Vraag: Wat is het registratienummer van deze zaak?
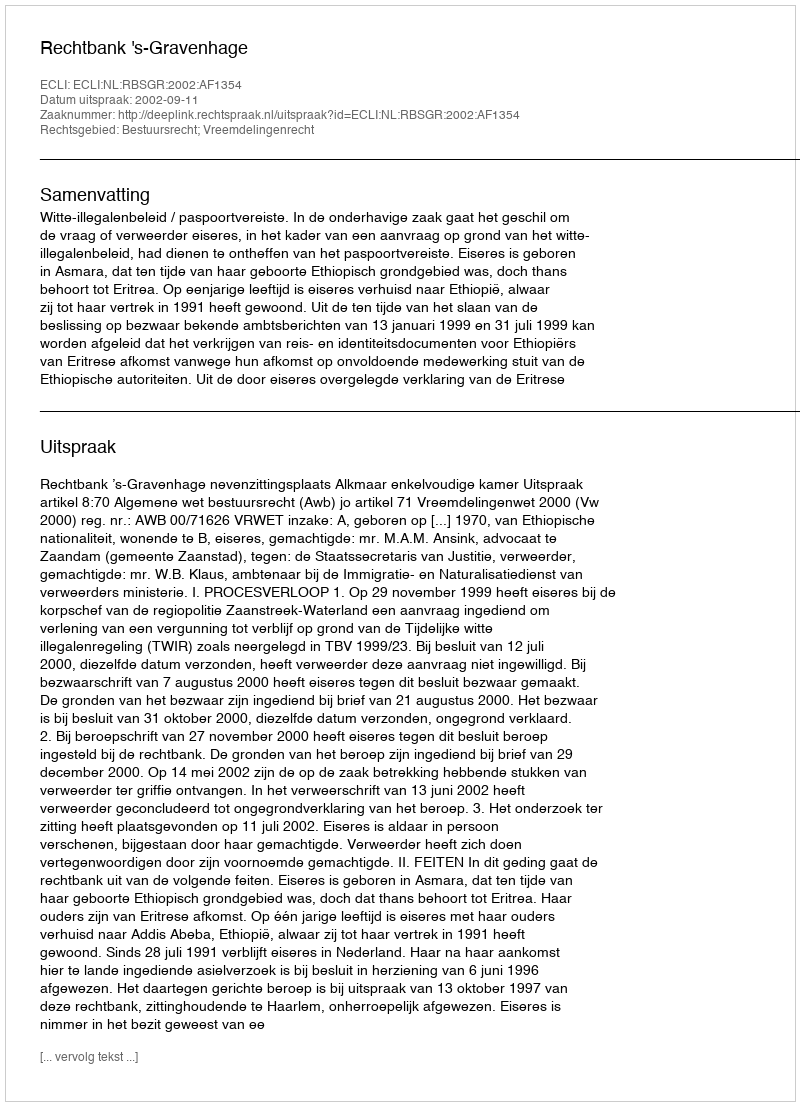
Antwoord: http://deeplink.rechtspraak.nl/uitspraak?id=ECLI:NL:RBSGR:2002:AF1354